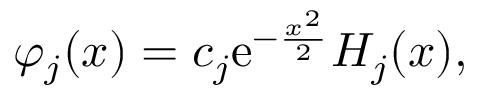
\varphi _ { j } ( x ) = c _ { j } \mathrm { e } ^ { - \frac { x ^ { 2 } } { 2 } } H _ { j } ( x ) ,